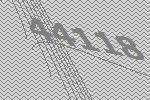
44118